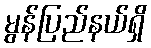
မွန်ပြည်နယ်ရှိ